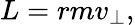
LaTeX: L=rmv_{\perp},